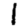
Digit: 1